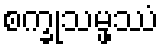
စက္ခုသမ္ဖဿံ